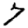
Digit: 7